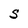
Character: S